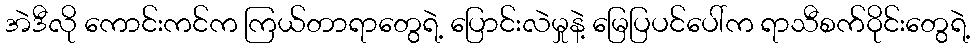
အဲဒီလို ကောင်းကင်က ကြယ်တာရာတွေရဲ့ ပြောင်းလဲမှုနဲ့ မြေပြပင်ပေါ်က ရာသီစက်ဝိုင်းတွေရဲ့